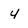
Character: 4